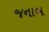
જનાબ